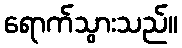
ရောက်သွားသည်။